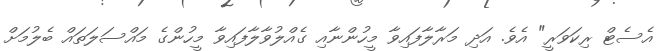
އެސެޓް ރިކަވަރީ" އެވެ. އަދި މަރާލާފައިވާ މީހުންނާއި ގެއްލުވާލާފައިވާ މީހުންގެ މައްސަލަތައް ބެލުމަށް